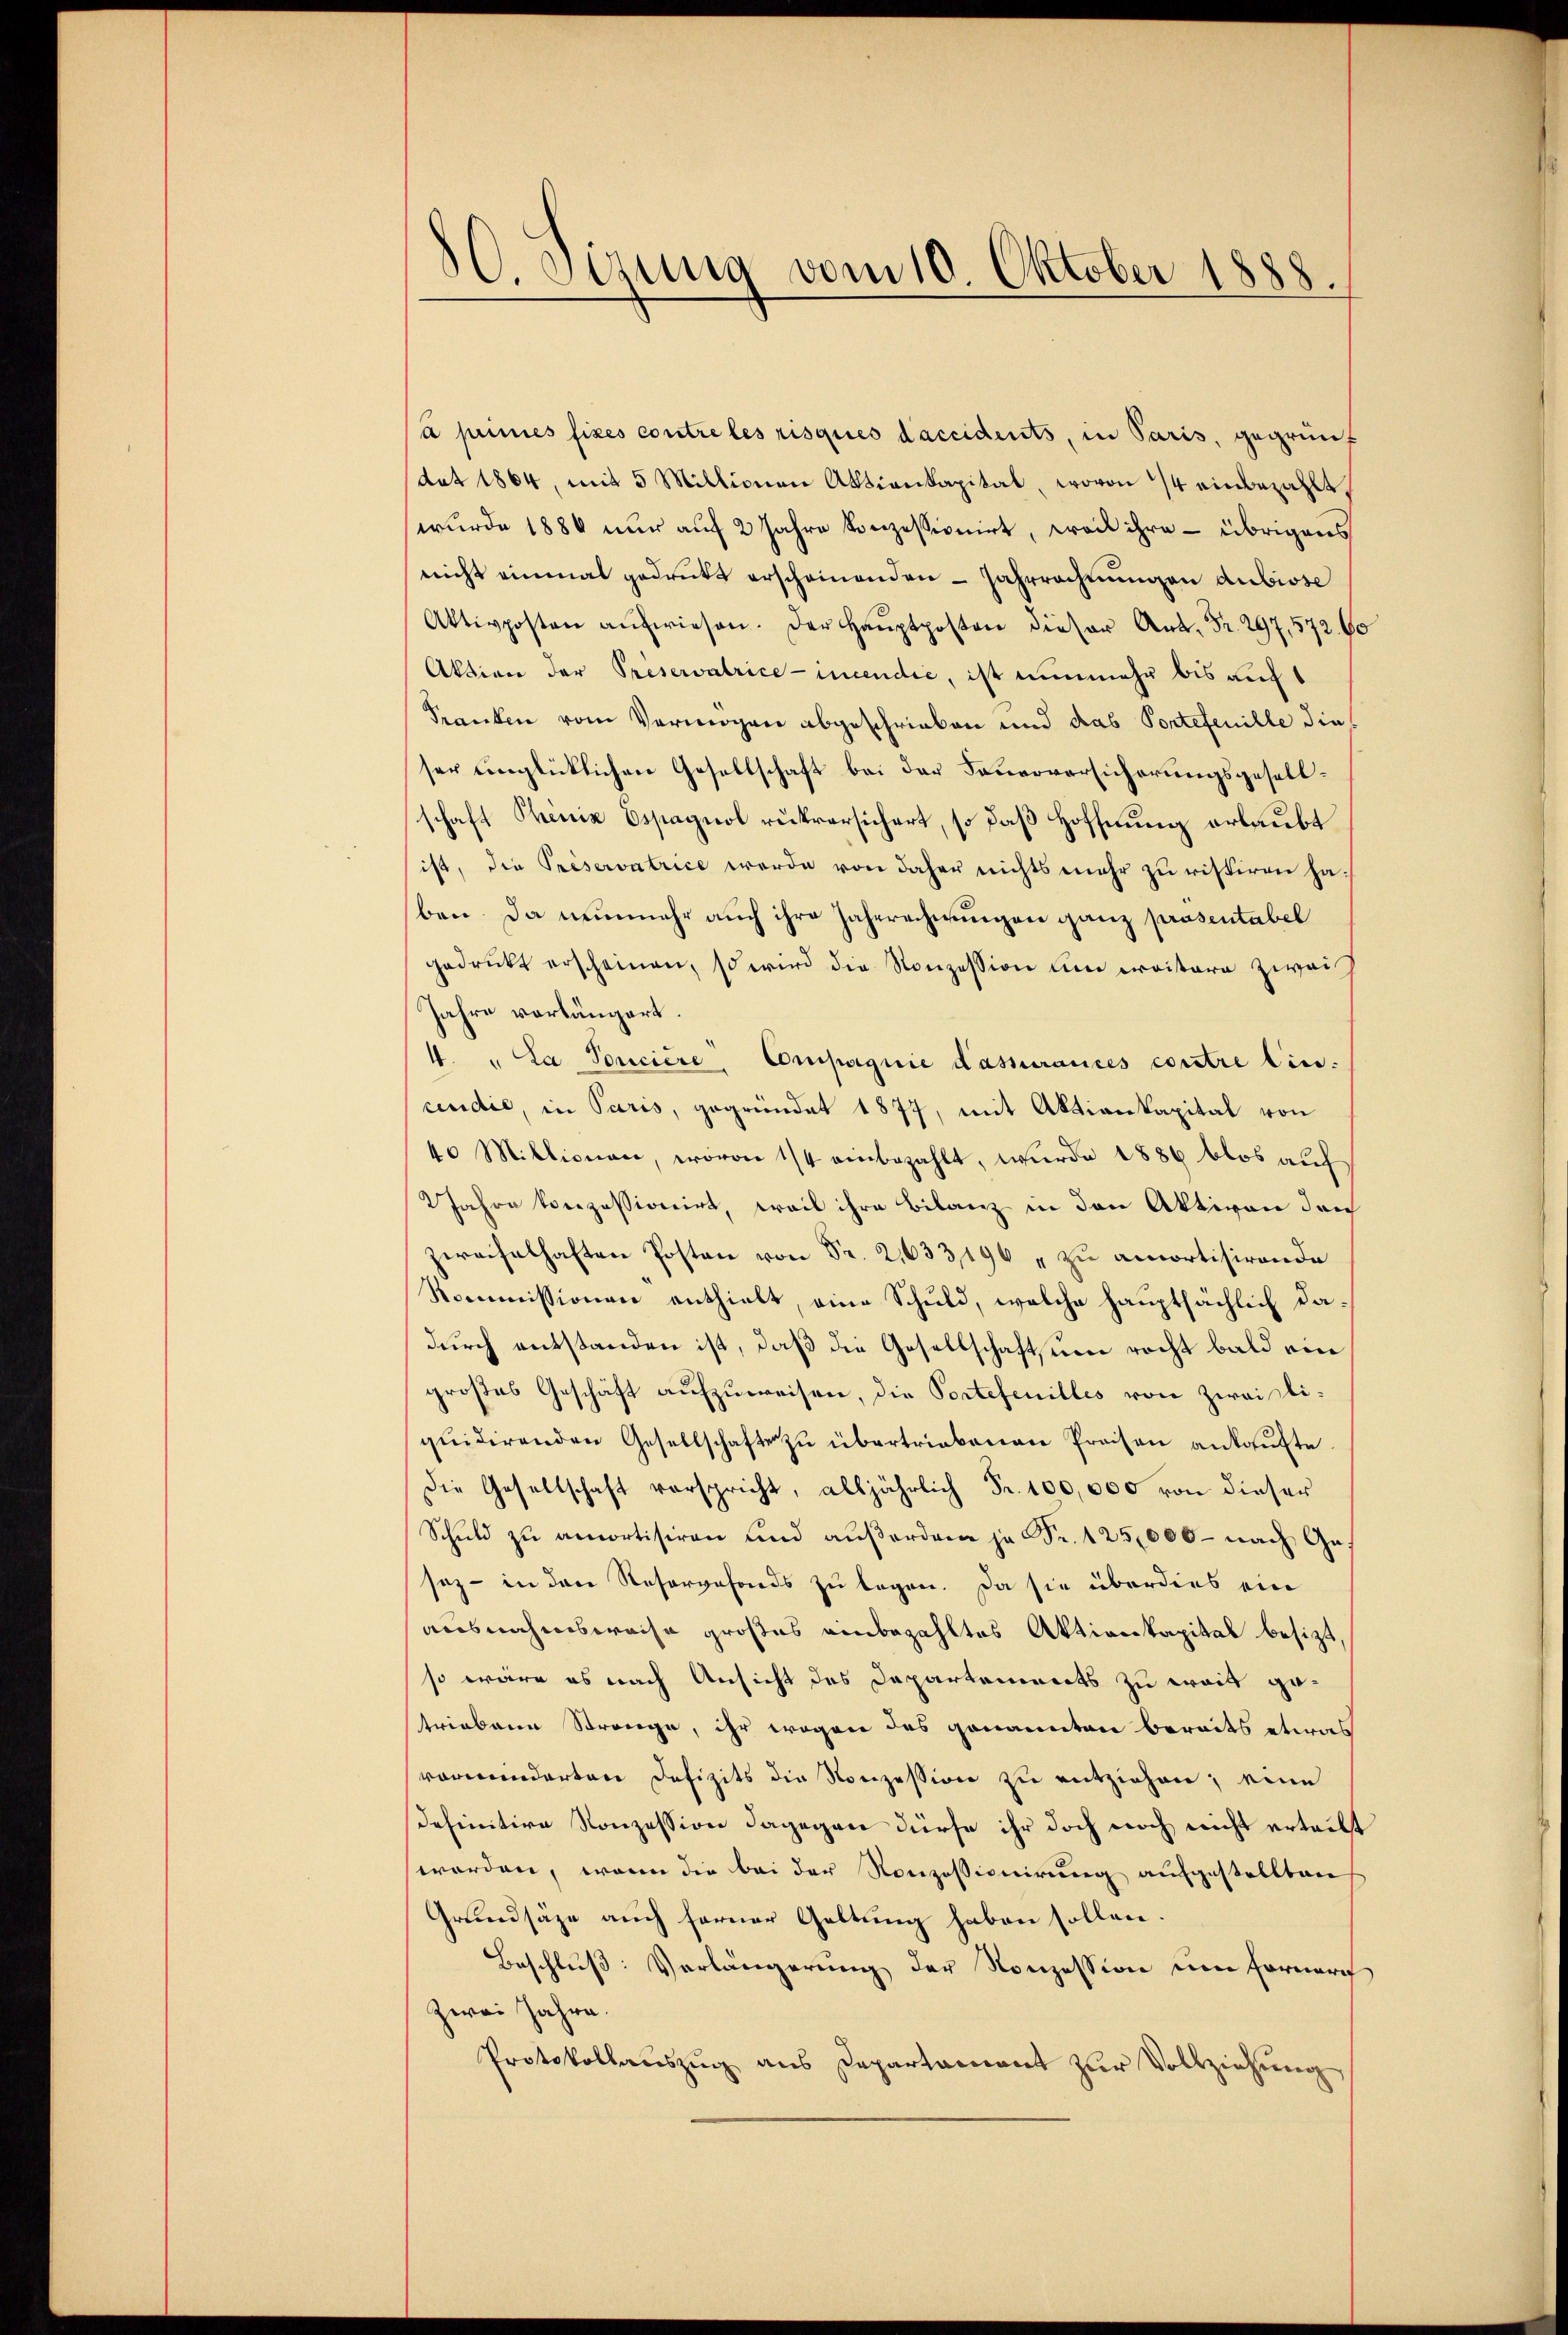
80. Sizung vom 10. Oktober 1888.

à peines fixes contre les risques daccidents, in Paris, gegrünt
dat 1864, mit 5 Millionen Aktienkapital, wovon 14 einbezahlt,
wurde 1886 nur auf 2 Jahre konzessionirt, weil ihre – übrigens
nicht einmal gedruckt erscheinenden Jahrrechnungen dubiose
Aktivposten aufwiesen. Der 2972. 60
Aktion der Preservalrice - incendie, ist nunmehr bis auf
Pranten vom Vermögen abgeschrieben und das Portefenille die
ser unglücklichen Gesellschaft bei der Feuerversicherungsgesellschaft Theniz Espagnol rükversichert, so daß Hoffnung erlaubt
ist, die Préservatrice werde von daher nichts mehr zu ristiren haben. Da nunmehr auch ihre Jahrrechnungen ganz præsentabel
gedruckt erscheinen, so wird die Konzession um erritore zwei
Jahre vorlängert.
4. " La Ponciere, Compagnie dassurances contre lin.
cecidić, in Paris, gegründet 1877, mit Aktienkapital von
40 Millionen, wovon 1/4 einbezahlt, wurde 1886 blos auf
2Jahre verzessionirt, weil ihre Bilanz in den Aktiven den
zweifelhaften Posten von Fr. 2,633,196 " zu amortisirende
Nommissionen enthielt, eine Schuld, welche hauptsächlich dadurch entstanden ist, daß die Gesellschaftsum recht bald ein
großes Geschäft aufzuweisen, die Portefenilles von zweifliquidirenden Gesellschafte zu übertriebenen Preisen ankaufte.
Die Gesellschaft verspricht, alljährlich Fr. 100,000 von dieser
Schuld zu amortisiren und außerden ja Fr. 125,000 – nach Gesaz - in den Resorgefonds zu legen. Da sie überdies ein
ausnahmsweise großes einbezahltes Aktienkapital besizt
so wäre es nach Ansicht des Departements zu weit getriebene Strange, ihr wegen des genannten bereits etwas
vorwinderten Defizits die Konzession zu entziehen; eine
definitive Konzession dagegen dürfe ihr doch noch nicht erteilt
worden, wenn die bei der Konzessionirung aufgestellten
Grundsätze auch ferner Geltung haben sollen.
Beschluß: Vorlängerung der Konzession um Fornari
Zwei Jahre.
Protokollaŭszŭg ans Departament zŭr Vollziehung